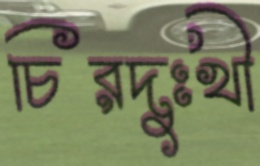
চিরদুঃখী